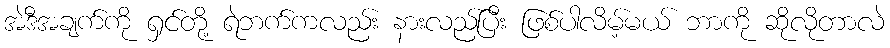
အဲဒီအချက်ကို ရှင်တို့ ရဲဘက်ကလည်း နားလည်ပြီး ဖြစ်ပါလိမ့်မယ် ဘာကို ဆိုလိုတာလဲ